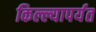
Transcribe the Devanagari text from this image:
किल्ल्यापर्यत